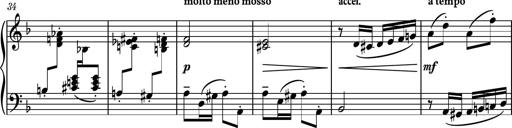
Title: Piano Sonatina No.8
Composer: Dimitri Sykias
Key: F major